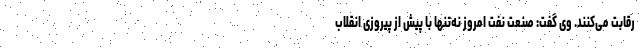
رقابت می‌کنند. وی گفت: صنعت نفت امروز نه‌تنها با پیش از پیروزی انقلاب